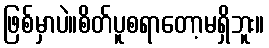
ဖြစ်မှာပဲ။စိတ်ပူစရာတော့မရှိဘူး။